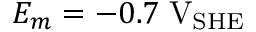
E _ { m } = - 0 . 7 \; \mathrm { V } _ { \mathrm { S H E } }